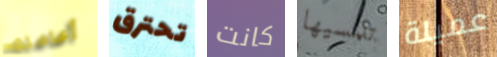
أعاملك تحترق كانت تلمسيها عميلة